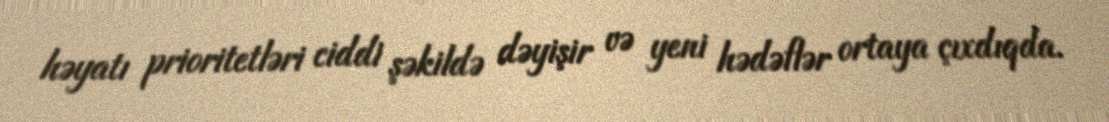
həyatı prioritetləri ciddi şəkildə dəyişir və yeni hədəflər ortaya çıxdıqda.